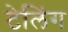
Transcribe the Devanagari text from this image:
टेलिंग